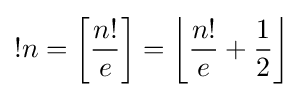
!n=\left[{\frac {n!}{e}}\right]=\left\lfloor {\frac {n!}{e}}+{\frac {1}{2}}\right\rfloor